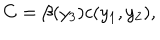
LaTeX: C = \beta ( y _ { 3 } ) c ( y _ { 1 } , y _ { 2 } ) ,